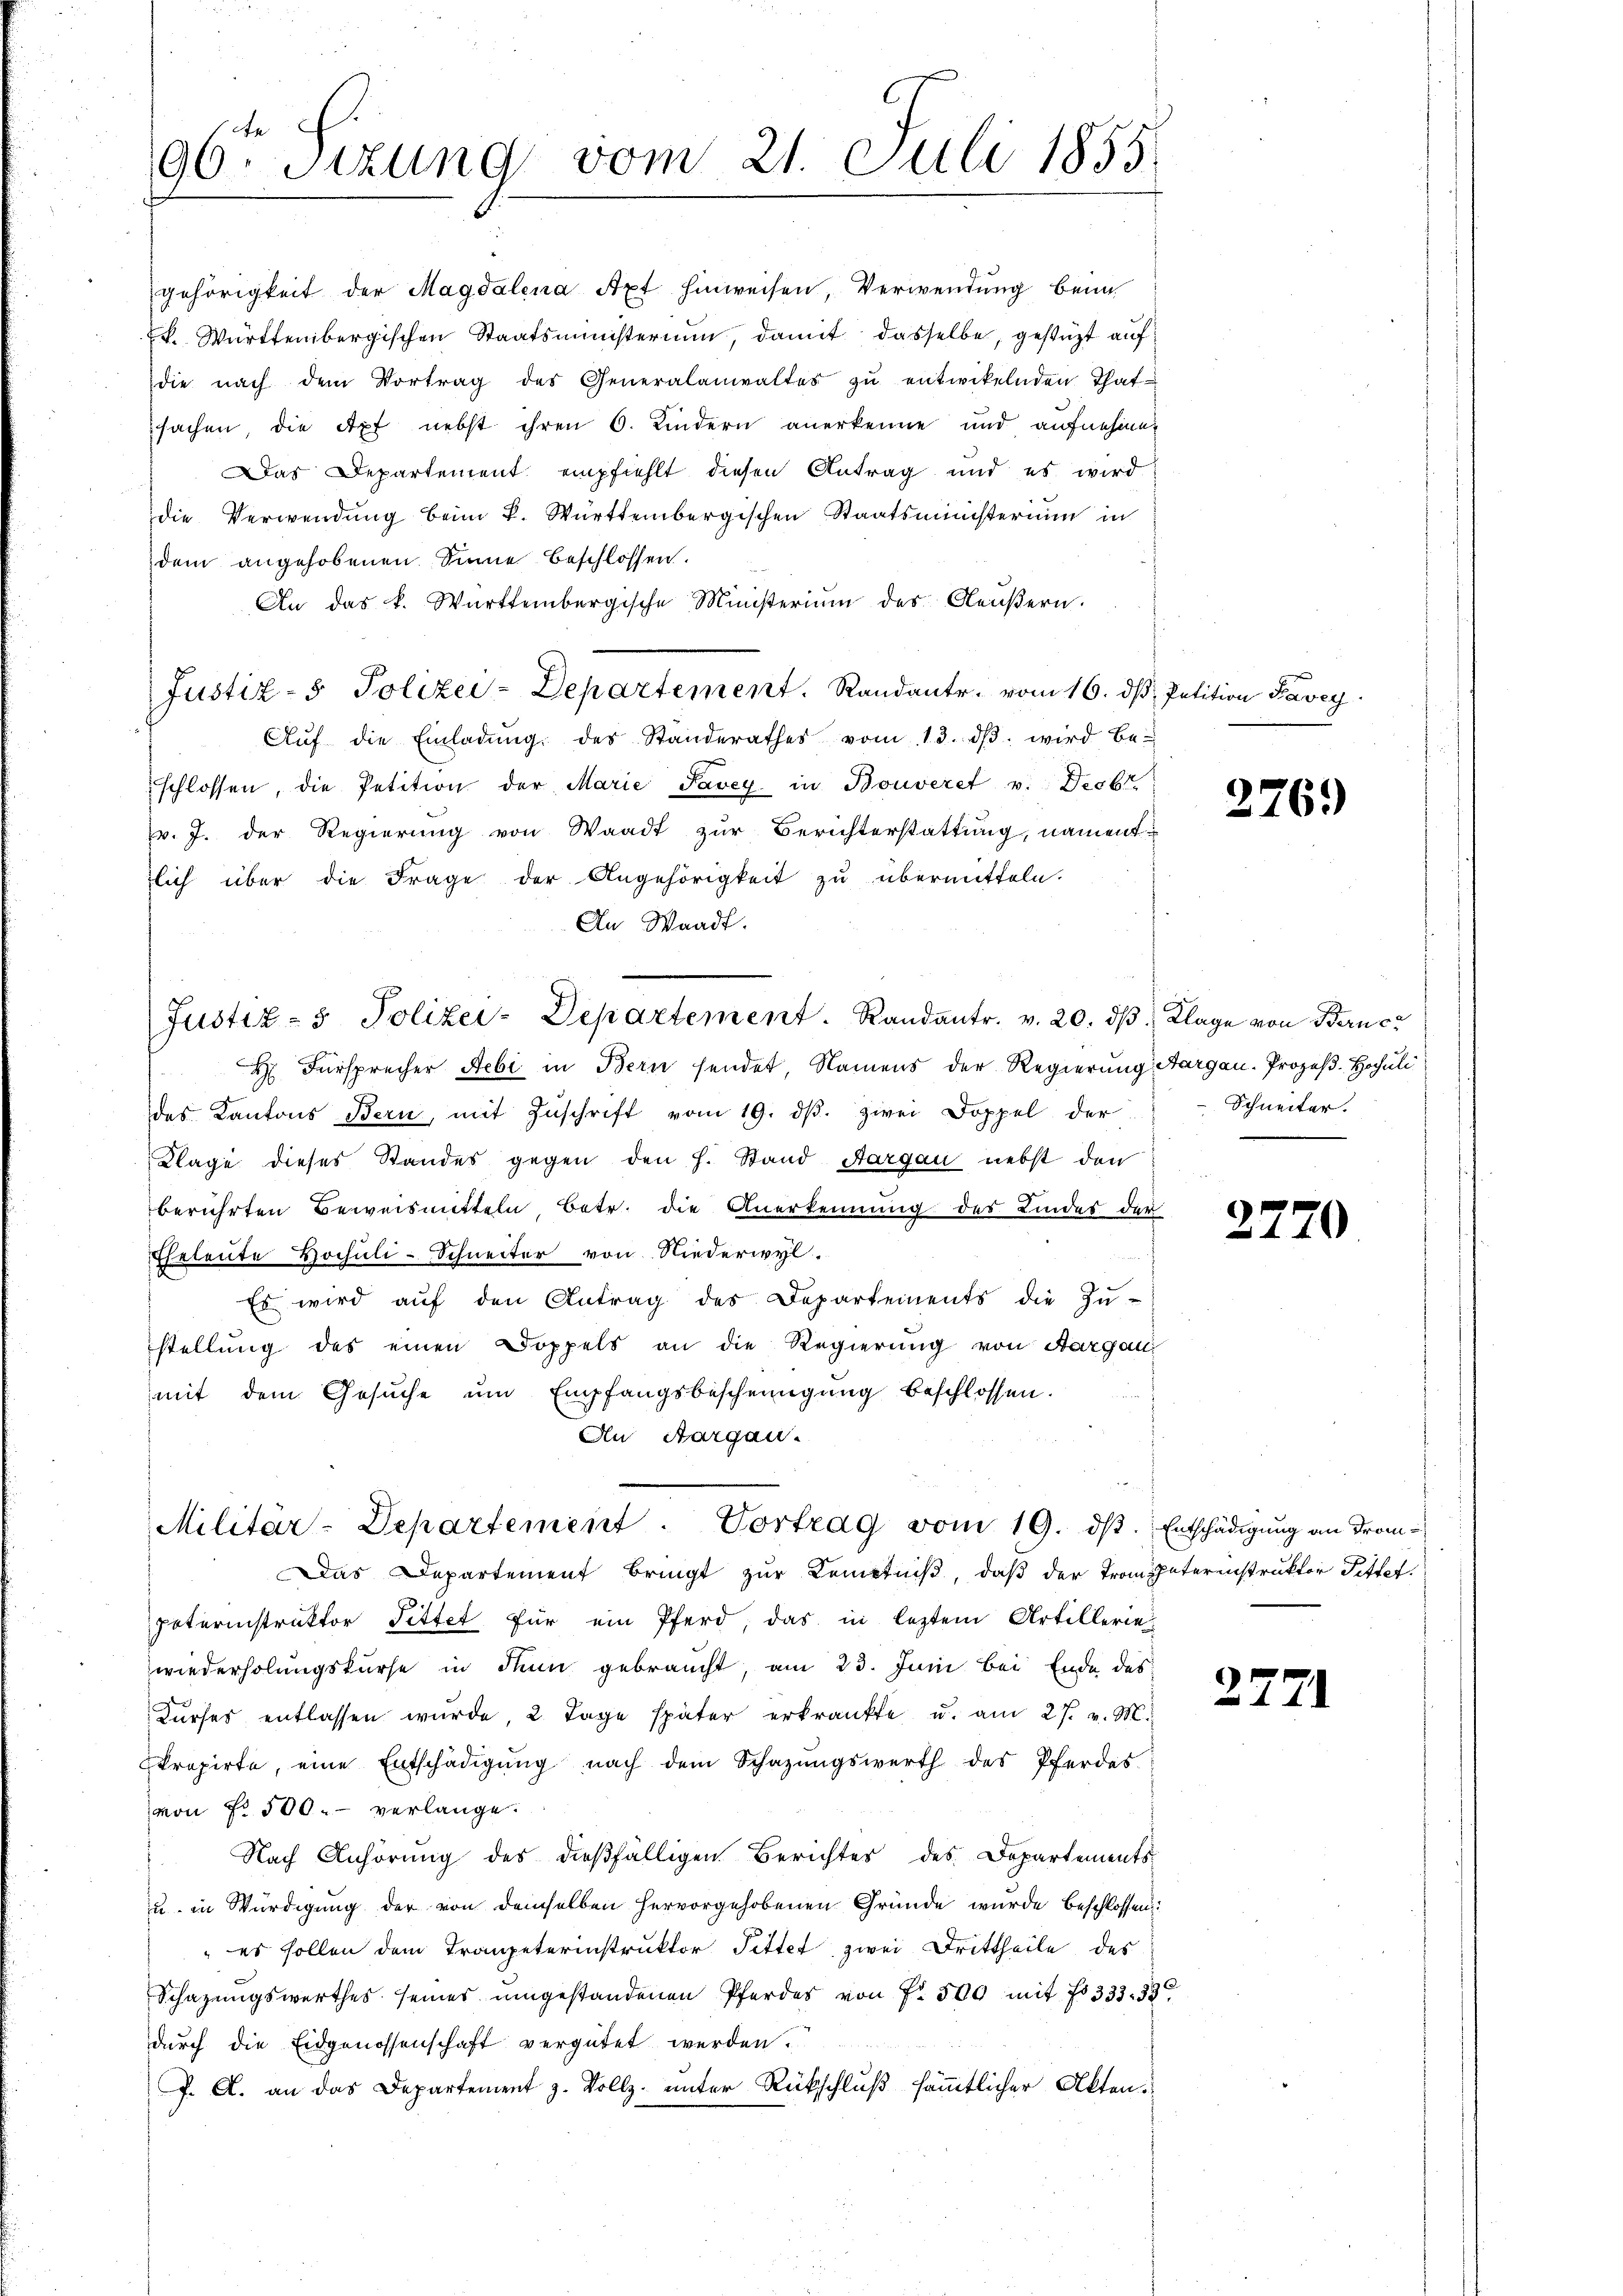
gehörigkeit der Magdalena Axt hinweisen, Verwendung beim
k. Württembergischen Staatsministerium, damit dasselbe, gestüzt auf
die nach dem Vortrag des Generalanwaltes zŭ entwikelnden That-
sachen, die Apf nebst ihren 6. Kindern anerkenne und aufnehmen
Das Departement empfiehlt diesen Antrag und es wird
die Verwendung beim K. Württembergischen Staatsministerium in
dem angehobenen Sinne beschlossen.
An das k. Württembergische Ministerium des Gleŭβern.
Justiz- & Polizei-Departement. Randant. vom 16. dβ, Petition Kavey
Aŭf die Einladŭng des Standerathes vom 13. dβ. wird be-
schlossen, die Petition der Marie Pavey in Bonveret v. Decbr
v. J. der Regierung von Waadt zur Berichterstattung, nament-
lich über die Frage der Angehörigkeit zu übermitteln.
An Waadt.
Justiz- & Polizei-Departement. Randantr. v. 20. dβ Klage von Berner
 Fürsprecher Aebi in Bern sendet, Namens der Regierung Aargau. Prozeß. Hochuli
des Kantons Bern, mit Zŭschrift vom 19. dβ. zwei Doppel der
Klage dieses Standes gegen den h. Stand Aargau nebst den
berührten Beweismitteln betr. die Anerkennung des Kindes der
Eheleute Hochuli-Schneiter von Niederwyl.
Es wird aŭf den Antrag des Departements die Zŭ-
stellung des einen Doppels an die Regierung von Aargau
mit dem Gesuche um Empfangsbescheinigung beschlossen.
An Aargau.

tte
90.sizung vom 21. Juli 1855

Militar-Departement. Vortrag vom 19. ds. Entschädigŭng an From-

Das Departement bringt zur Kenntniß, daß der Trompeterinstruktor Pittet.
poterinstruktor Pittet für ein Pferd, das in letztem Artillerie
wiederholungskurse in denn gebraucht, am 23. Juni bei Ende des
Kurses entlassen wurde, 2 Tage später erkränkte u. am 27. v. M.
Propirte, eine Entschädigŭng nach dem Schazungswerth des Pferdes
von Fr. 500. verlange.
Nach Anhörung des dießfälligen Berichtes des Departements-
u. in Würdigung der von demselben hervorgehobenen Gründe wurde beschlossen:
 es sollen dem Trompeterinstruktor Pittet zwei Drittheile des
Schazungswerthes seines umgestandenen Pferdes von Fr. 300 mit No 333. 33
durch die Eidgenossenschaft vergütet werden.
J. A. an das Departement z. Vollz- unter Rückschluß sämmtlicher Akten.

276.)

Schneiter.
e

2770

25